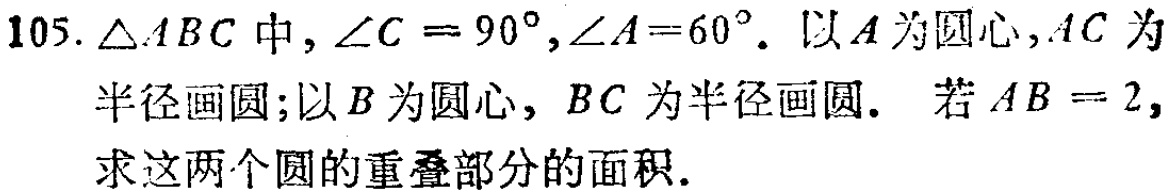
105. $\triangle ABC$中，$\angle C = 90^{\circ},\angle A = 60^{\circ}$. 以$A$为圆心，$AC$为半径画圆；以$B$为圆心，$BC$为半径画圆. 若$AB = 2$，求这两个圆的重叠部分的面积.